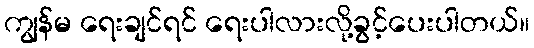
ကျွန်မ ရေးချင်ရင် ရေးပါလားလို့ခွင့်ပေးပါတယ်။